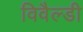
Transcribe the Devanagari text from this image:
विवैल्डी